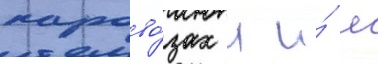
парово́зах л и́ лв